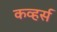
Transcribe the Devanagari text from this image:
कव्हर्स